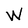
Character: W